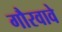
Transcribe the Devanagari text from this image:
गौरवावे